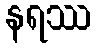
နရဿ